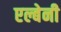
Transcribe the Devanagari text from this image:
एल्बेनी